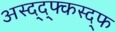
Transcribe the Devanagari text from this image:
अस्द्द्फ्कस्द्फ